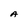
Character: A